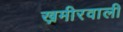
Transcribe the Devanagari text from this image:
ख़मीरवाली